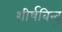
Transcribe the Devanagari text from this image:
शीर्षबिन्दु